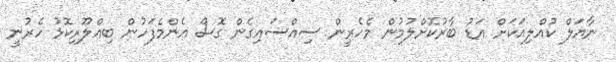
ނާޔަލް ކުއްލިއަކަށް އަޑު ބާރުކޮށްލުމުން މެހެރީން ސިއްސައިގެން ގޮސް އެންމެފަހުން ބިއްލޫރިކޮޅު ހެރުނީ